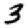
Digit: 3